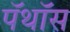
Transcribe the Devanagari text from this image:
पॅथॉस